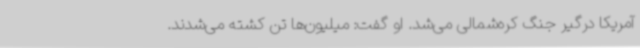
آمریکا درگیر جنگ کره‌شمالی می‌شد. او گفت: میلیون‌ها تن کشته می‌شدند.